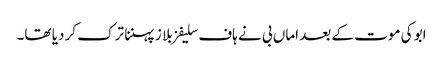
ابو کی موت کے بعد اماں بی نے ہاف سلیفز بلا ز پہننا ترک کر دیا تھا۔